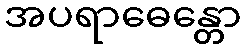
အပရာဓေန္တော